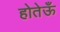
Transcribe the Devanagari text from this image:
होतेऊँ